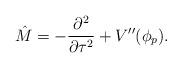
LaTeX: \begin{align*}\hat{M} = -\frac{\partial^2}{\partial \tau^2} + V''(\phi_p).\end{align*}